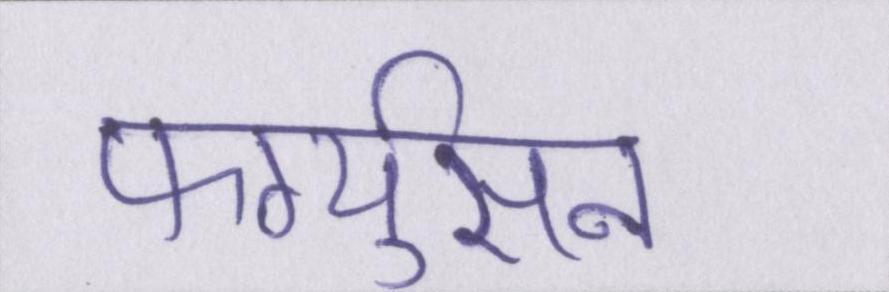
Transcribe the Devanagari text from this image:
फर्ग्युसन